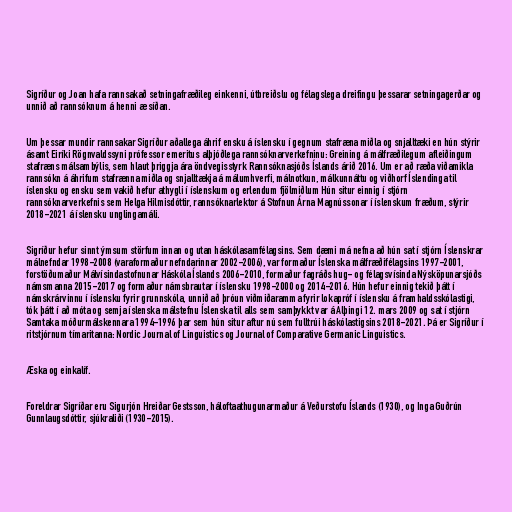
Sigríður og Joan hafa rannsakað setningafræðileg einkenni, útbreiðslu og félagslega dreifingu þessarar setningagerðar og
unnið að rannsóknum á henni æ síðan.

Um þessar mundir rannsakar Sigríður aðallega áhrif ensku á íslensku í gegnum stafræna miðla og snjalltæki en hún stýrir
ásamt Eiríki Rögnvaldssyni prófessor emeritus alþjóðlega rannsóknarverkefninu: Greining á málfræðilegum afleiðingum
stafræns málsambýlis, sem hlaut þriggja ára öndvegisstyrk Rannsóknasjóðs Íslands árið 2016. Um er að ræða viðamikla
rannsókn á áhrifum stafrænna miðla og snjalltækja á málumhverfi, málnotkun, málkunnáttu og viðhorf Íslendinga til
íslensku og ensku sem vakið hefur athygli í íslenskum og erlendum fjölmiðlum Hún situr einnig í stjórn
rannsóknarverkefnis sem Helga Hilmisdóttir, rannsóknarlektor á Stofnun Árna Magnússonar í íslenskum fræðum, stýrir
2018-2021 á íslensku unglingamáli.

Sigríður hefur sinnt ýmsum störfum innan og utan háskólasamfélagsins. Sem dæmi má nefna að hún sat í stjórn Íslenskrar
málnefndar 1998-2008 (varaformaður nefndarinnar 2002-2006), var formaður Íslenska málfræðifélagsins 1997-2001,
forstöðumaður Málvísindastofnunar Háskóla Íslands 2006-2010, formaður fagráðs hug- og félagsvísinda Nýsköpunarsjóðs
námsmanna 2015-2017 og formaður námsbrautar í íslensku 1998-2000 og 2014-2016. Hún hefur einnig tekið þátt í
námskrárvinnu í íslensku fyrir grunnskóla, unnið að þróun viðmiðaramma fyrir lokapróf í íslensku á framhaldsskólastigi,
tók þátt í að móta og semja íslenska málstefnu Íslenska til alls sem samþykkt var á Alþingi 12. mars 2009 og sat í stjórn
Samtaka móðurmálskennara 1994-1996 þar sem hún situr aftur nú sem fulltrúi háskólastigsins 2018-2021. Þá er Sigríður í
ritstjórnum tímaritanna: Nordic Journal of Linguistics og Journal of Comparative Germanic Linguistics.

Æska og einkalíf.

Foreldrar Sigríðar eru Sigurjón Hreiðar Gestsson, háloftaathugunarmaður á Veðurstofu Íslands (1930), og Inga Guðrún
Gunnlaugsdóttir, sjúkraliði (1930-2015).